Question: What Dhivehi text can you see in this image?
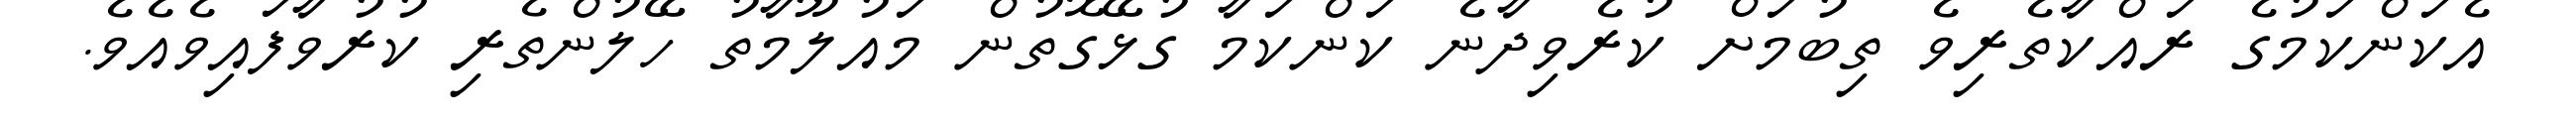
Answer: އެކަންކަމުގެ ރައްކާތެރިވެ ތިބުމަށް ކުރެވިދާނެ ކަންކަމާ ގުޅޭގޮތުން މައުލޫމާތު ހޭލުންތެރި ކުރުވާފައިވެއެވެ.